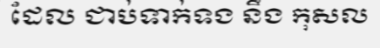
ដែល ជាប់ទាក់ទង នឹង កុសល